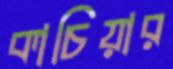
কাচিয়ার